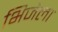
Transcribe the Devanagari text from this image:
भिजेला